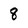
Character: 8